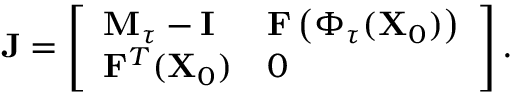
\mathbf { J } = \left[ \begin{array} { l l } { \mathbf { M } _ { \tau } - \mathbf { I } } & { \mathbf { F } \left( \boldsymbol { \Phi } _ { \tau } ( \mathbf { X } _ { 0 } ) \right) } \\ { \mathbf { F } ^ { T } ( \mathbf { X } _ { 0 } ) } & { 0 } \end{array} \right] .